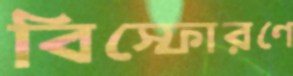
বিস্ফোরণে